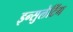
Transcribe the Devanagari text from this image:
इन्सुलेटिंग